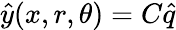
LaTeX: \hat{y}(x,r,\theta)=C\hat{q}